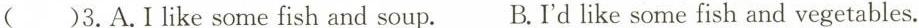
( )3.A.Ilike some fish and soup. B.I'd like some fish and vegetables.